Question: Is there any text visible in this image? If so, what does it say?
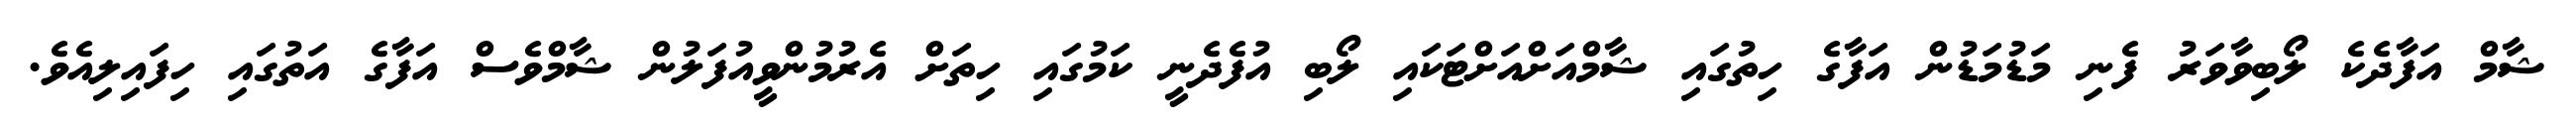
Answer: ޝާމް އަފާދެކެ ލޯބިވާވަރު ފެނި މަޑުމަޑުން އަފާގެ ހިތުގައި ޝާމްއަށްއަށްޓަކައި ލޯބި އުފެދެނީ ކަމުގައި ހިތަށް އެރުމުންވީއުފަލުން ޝާމްވެސް އަފާގެ އަތުގައި ހިފައިލިއެވެ.